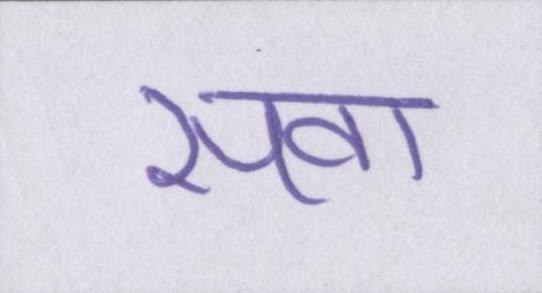
सवा